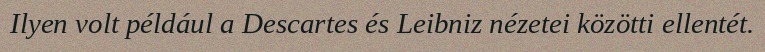
Ilyen volt például a Descartes és Leibniz nézetei közötti ellentét.